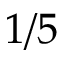
1 / 5